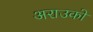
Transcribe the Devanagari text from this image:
अराउको